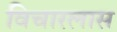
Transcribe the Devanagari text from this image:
विचारलास